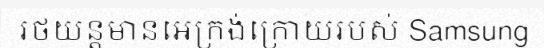
រថយន្តមានអេក្រង់ក្រោយរបស់ Samsung